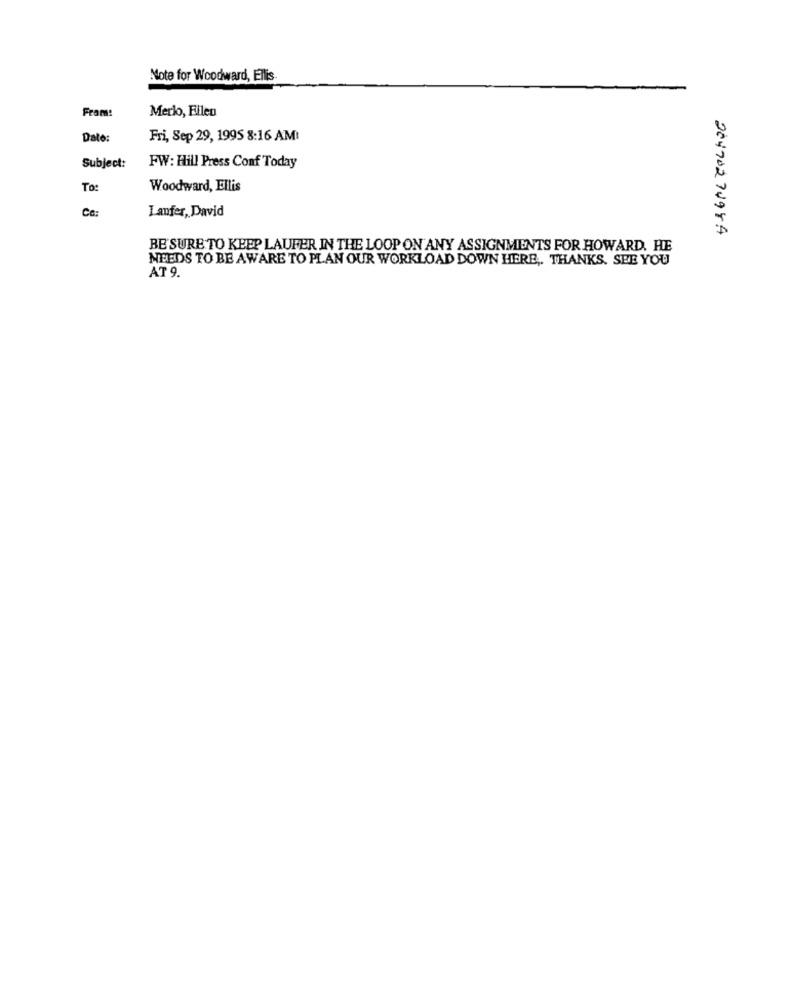
Note for Woodward, Ellis
Fram:
Merlo, Filen
Date:
Fri, Sep 29, 1995 8:16 AMI
Subject:
FW: Hill Press Conf Today
To:
Woodward, Ellis
Ca:
Laufer, David
20470274984
BE SURE TO KEEP LAUFER IN THE LOOP ON ANY ASSIGNMENTS FOR HOWARD. HE
NEEDS TO BE AWARE TO PLAN OUR WORKLOAD DOWN HERE ,. THANKS. SEE YOU
AT 9.